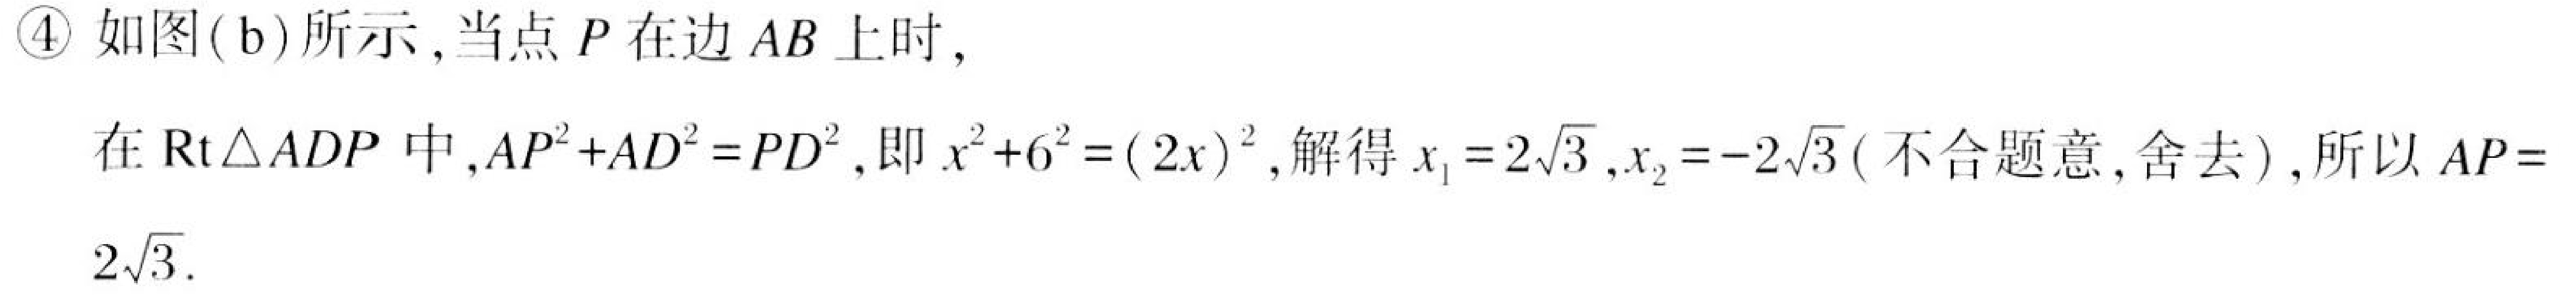
\textcircled{4} 如图(b)所示,当点 \(P\) 在边 \(AB\) 上时,

在 \(\text{Rt}\triangle ADP\) 中,\(AP^{2}+AD^{2}=PD^{2}\),即 \(x^{2}+6^{2}=(2x)^{2}\),解得 \(x_{1}=2\sqrt{3},x_{2}=-2\sqrt{3}\)(不合题意,舍去),所以 \(AP = 2\sqrt{3}\).